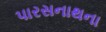
પારસનાથના